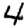
Digit: 4